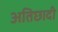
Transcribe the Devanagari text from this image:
अतिछादी